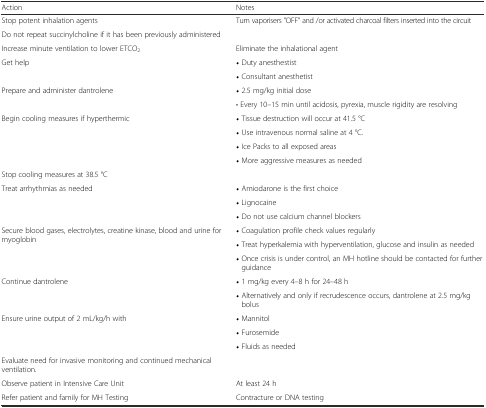
<table><thead><tr><td><b>Action</b></td><td><b>Notes</b></td></tr></thead><tbody><tr><td>Stop potent inhalation agents</td><td>Turn vaporisers &quot;OFF&quot; and /or activated charcoal filters inserted into the circuit</td></tr><tr><td>Do not repeat succinylcholine if it has been previously administered</td><td></td></tr><tr><td>Increase minute ventilation to lower ETCO<sub>2</sub></td><td>Eliminate the inhalational agent</td></tr><tr><td rowspan="2">Get help</td><td>• Duty anesthestist</td></tr><tr><td>• Consultant anesthetist</td></tr><tr><td rowspan="2">Prepare and administer dantrolene</td><td>• 2.5 mg/kg initial dose</td></tr><tr><td>• Every 10–15 min until acidosis, pyrexia, muscle rigidity are resolving</td></tr><tr><td rowspan="4">Begin cooling measures if hyperthermic</td><td>• Tissue destruction will occur at 41.5 °C</td></tr><tr><td>• Use intravenous normal saline at 4 °C.</td></tr><tr><td>• Ice Packs to all exposed areas</td></tr><tr><td>• More aggressive measures as needed</td></tr><tr><td>Stop cooling measures at 38.5 °C</td><td></td></tr><tr><td rowspan="3">Treat arrhythmias as needed</td><td>• Amiodarone is the first choice</td></tr><tr><td>• Lignocaine</td></tr><tr><td>• Do not use calcium channel blockers</td></tr><tr><td rowspan="3">Secure blood gases, electrolytes, creatine kinase, blood and urine for myoglobin</td><td>• Coagulation profile check values regularly</td></tr><tr><td>• Treat hyperkalemia with hyperventilation, glucose and insulin as needed</td></tr><tr><td>•Once crisis is under control, an MH hotline should be contacted for further guidance</td></tr><tr><td rowspan="2">Continue dantrolene</td><td>• 1 mg/kg every 4–8 h for 24–48 h</td></tr><tr><td>•Alternatively and only if recrudescence occurs, dantrolene at 2.5 mg/kg bolus</td></tr><tr><td rowspan="3">Ensure urine output of 2 mL/kg/h with</td><td>• Mannitol</td></tr><tr><td>• Furosemide</td></tr><tr><td>• Fluids as needed</td></tr><tr><td>Evaluate need for invasive monitoring and continued mechanical ventilation.</td><td></td></tr><tr><td>Observe patient in Intensive Care Unit</td><td>At least 24 h</td></tr><tr><td>Refer patient and family for MH Testing</td><td>Contracture or DNA testing</td></tr></tbody></table>